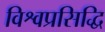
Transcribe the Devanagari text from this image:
विश्वप्रसिद्धि